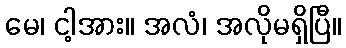
မေ၊ ငါ့အား။ အလံ၊ အလိုမရှိပြီ။